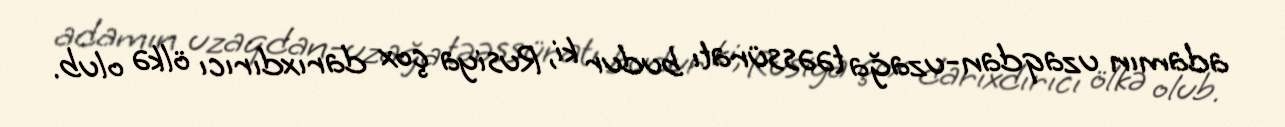
adamın uzaqdan-uzağa təəssüratı budur ki, Rusiya çox darıxdırıcı ölkə olub.